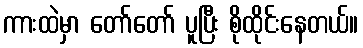
ကားထဲမှာ တော်တော် ပူပြီး စိုထိုင်းနေတယ်။